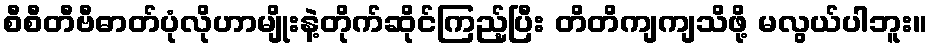
စီစီတီဗီဓာတ်ပုံလိုဟာမျိုးနဲ့တိုက်ဆိုင်ကြည့်ပြီး တိတိကျကျသိဖို့ မလွယ်ပါဘူး။